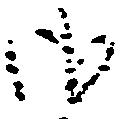
御